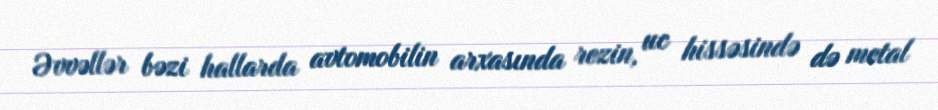
Əvvəllər bəzi hallarda avtomobilin arxasında rezin, uc hissəsində də metal